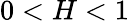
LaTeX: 0<H<1